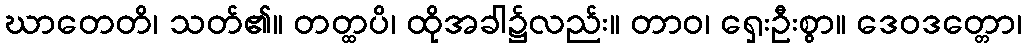
ဃာတေတိ၊ သတ်၏။ တတ္ထပိ၊ ထိုအခါ၌လည်း။ တာဝ၊ ရှေးဦးစွာ။ ဒေဝဒတ္တော၊